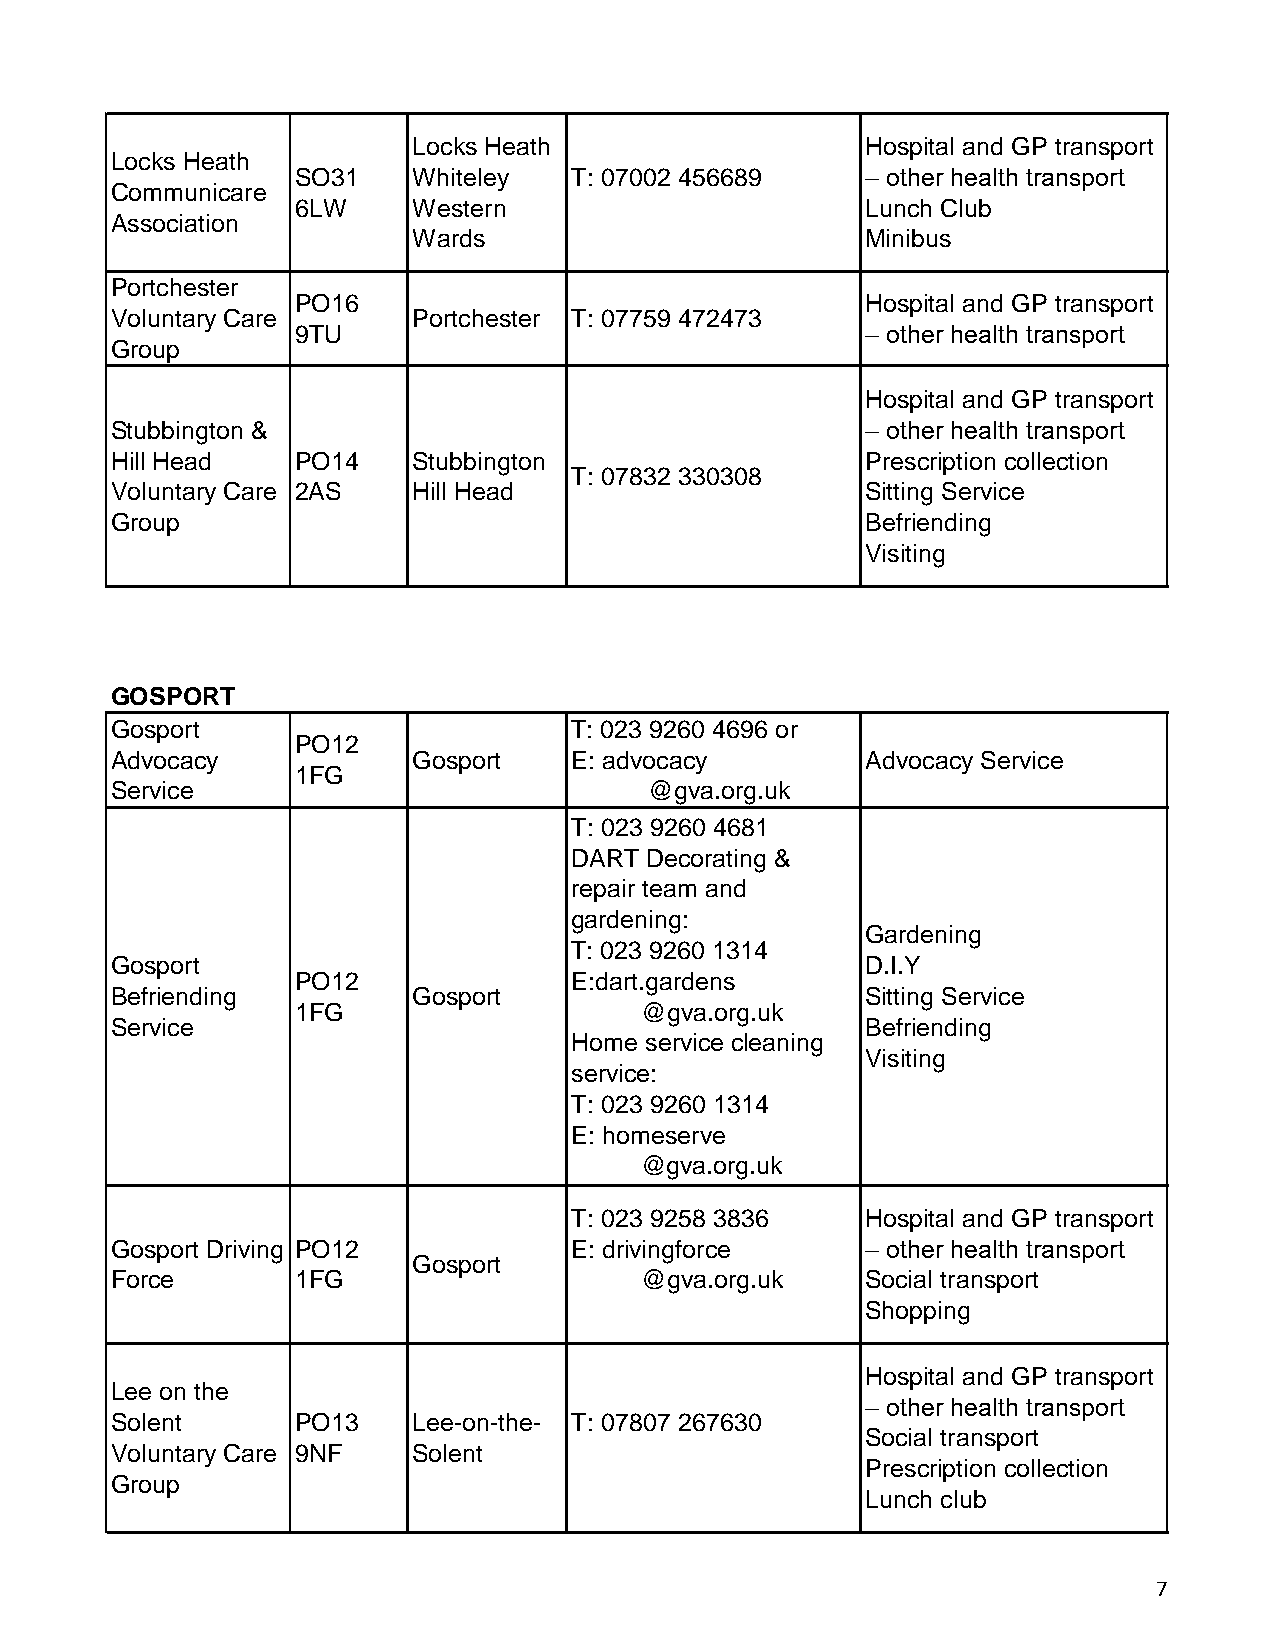
Locks Heath                   Hospital and GP transport
 Locks Heath
 SO31   Whiteley   T: 07002 456689    – other health transport
 Communicare
 6LW    Western                       Lunch Club
 Association
 Wards                         Minibus
 Portchester
 PO16                                 Hospital and GP transport
 Voluntary Care      Portchester T: 07759 472473
 9TU                                  – other health transport
 Group
 Hospital and GP transport
 Stubbington &                                     – other health transport
 Hill Head    PO14   Stubbington                   Prescription collection
 T: 07832 330308
 Voluntary Care 2AS  Hill Head                     Sitting Service
 Group                                             Befriending
 Visiting
 GOSPORT
 Gosport                        T: 023 9260 4696 or
 PO12
 Advocacy            Gosport    E: advocacy        Advocacy Service
 1FG
 Service                             @gva.org.uk
 T: 023 9260 4681
 DART Decorating &
 repair team and
 gardening:
 Gardening
 T: 023 9260 1314
 Gosport                                           D.I.Y
 PO12              E:dart.gardens
 Befriending         Gosport                       Sitting Service
 1FG                   @gva.org.uk
 Service                                           Befriending
 Home service cleaning
 Visiting
 service:
 T: 023 9260 1314
 E: homeserve
 @gva.org.uk
 T: 023 9258 3836   Hospital and GP transport
 Gosport Driving PO12           E: drivingforce    – other health transport
 Gosport
 Force        1FG                   @gva.org.uk    Social transport
 Shopping
 Hospital and GP transport
 Lee on the
 – other health transport
 Solent       PO13   Lee-on-the- T: 07807 267630
 Social transport
 Voluntary Care 9NF  Solent
 Prescription collection
 Group
 Lunch club
 7